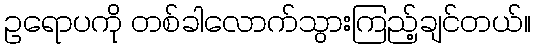
ဥရောပကို တစ်ခါလောက်သွားကြည့်ချင်တယ်။